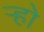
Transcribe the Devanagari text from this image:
र्‍हो